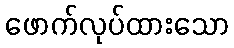
ဖောက်လုပ်ထားသော